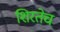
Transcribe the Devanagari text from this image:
शिरतेच